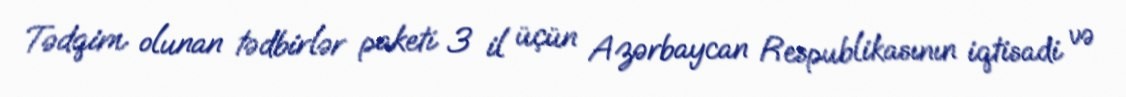
Tədqim olunan tədbirlər paketi 3 il üçün Azərbaycan Respublikasının iqtisadi və